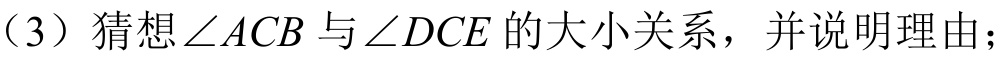
（3）猜想\(\angle ACB\)与\(\angle DCE\)的大小关系，并说明理由；